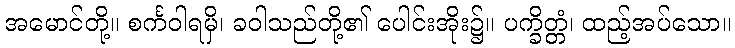
အမောင်တို့။ စင်္ကဝါရမှိ၊ ခဝါသည်တို့၏ ပေါင်းအိုး၌။ ပက္ခိတ္တံ၊ ထည့်အပ်သော။